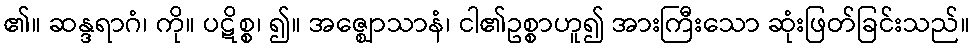
၏။ ဆန္ဒရာဂံ၊ ကို။ ပဋိစ္စ၊ ၍။ အဇ္ဈောသာနံ၊ ငါ၏ဥစ္စာဟူ၍ အားကြီးသော ဆုံးဖြတ်ခြင်းသည်။